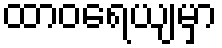
ထာဝရေယျမှာ